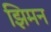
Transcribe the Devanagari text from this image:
झिमन